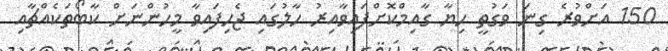
150 އަށްވުރެ ގިނަ ވަގުތީ ހިޔާ ގާއިމްކޮށްފައިވާއިރު ހާލުގައި ޖެހިފައިވާ މީހުންނަށް ކާބޯތަކެއްޗާއި